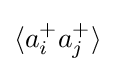
\langle a_{i}^{+}a_{j}^{+}\rangle